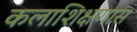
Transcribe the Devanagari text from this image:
कलाशिक्षणास